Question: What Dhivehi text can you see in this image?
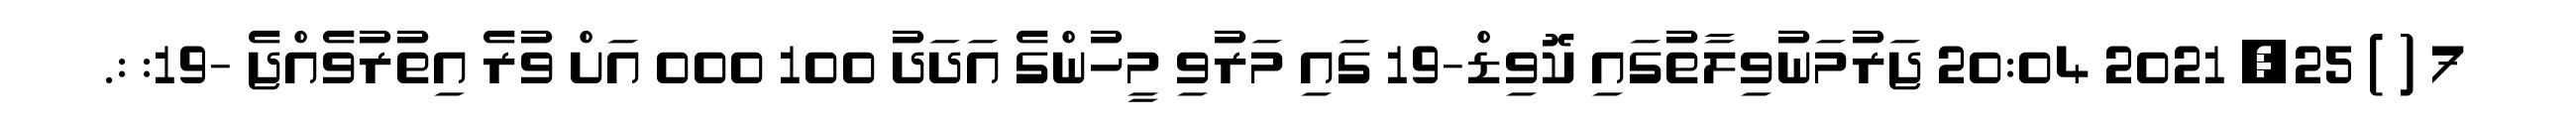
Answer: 7 ( ) 25, 2021 20:04 ޖަރުމަނުވިލާތުގައި ކޮވިޑް-19 ގައި މަރުވި މީހުންގެ އަދަދު 100 000 އަށް ވުރެ އިތުރުވެއްޖެ -19: :.